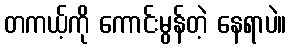
တကယ့်ကို ကောင်းမွန်တဲ့ နေရာပဲ။